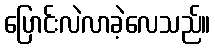
ပြောင်းလဲလာခဲ့လေသည်။